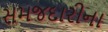
સમજદારીના